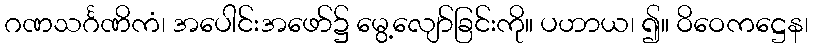
ဂဏသင်္ဂဏိကံ၊ အပေါင်းအဖော်၌ မွေ့လျော်ခြင်းကို။ ပဟာယ၊ ၍။ ဝိဝေကဋ္ဌေန၊